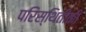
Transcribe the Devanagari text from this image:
परिस्थितीकी